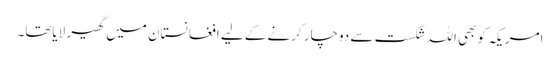
امریکہ کو بھی اللہ شکست سے دوچار کرنے کے لیے افغانستان میں گھیر لایاتھا۔